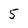
Character: 5